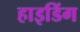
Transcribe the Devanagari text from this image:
हाइडिंग